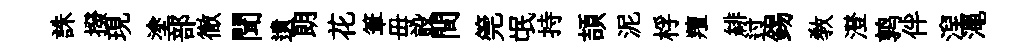
誅撥現塗部徹聞遺朗花筆毋設間筦氓持頡泥桴羶緋过錫敎澄鹑伴湼澠